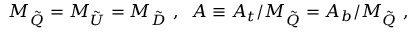
M _ { \tilde { Q } } = M _ { \tilde { U } } = M _ { \tilde { D } } \ , \; \; A \equiv A _ { t } / M _ { \tilde { Q } } = A _ { b } / M _ { \tilde { Q } } \ ,